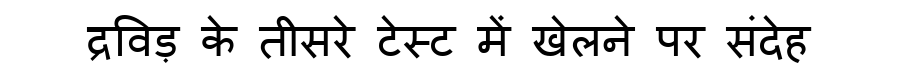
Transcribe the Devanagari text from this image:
द्रविड़ के तीसरे टेस्ट में खेलने पर संदेह